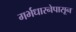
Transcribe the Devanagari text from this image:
गर्भधारनेपासून